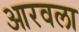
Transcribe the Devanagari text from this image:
आरवला